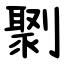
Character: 㔌